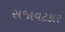
સજાવટકાર